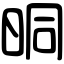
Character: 晍